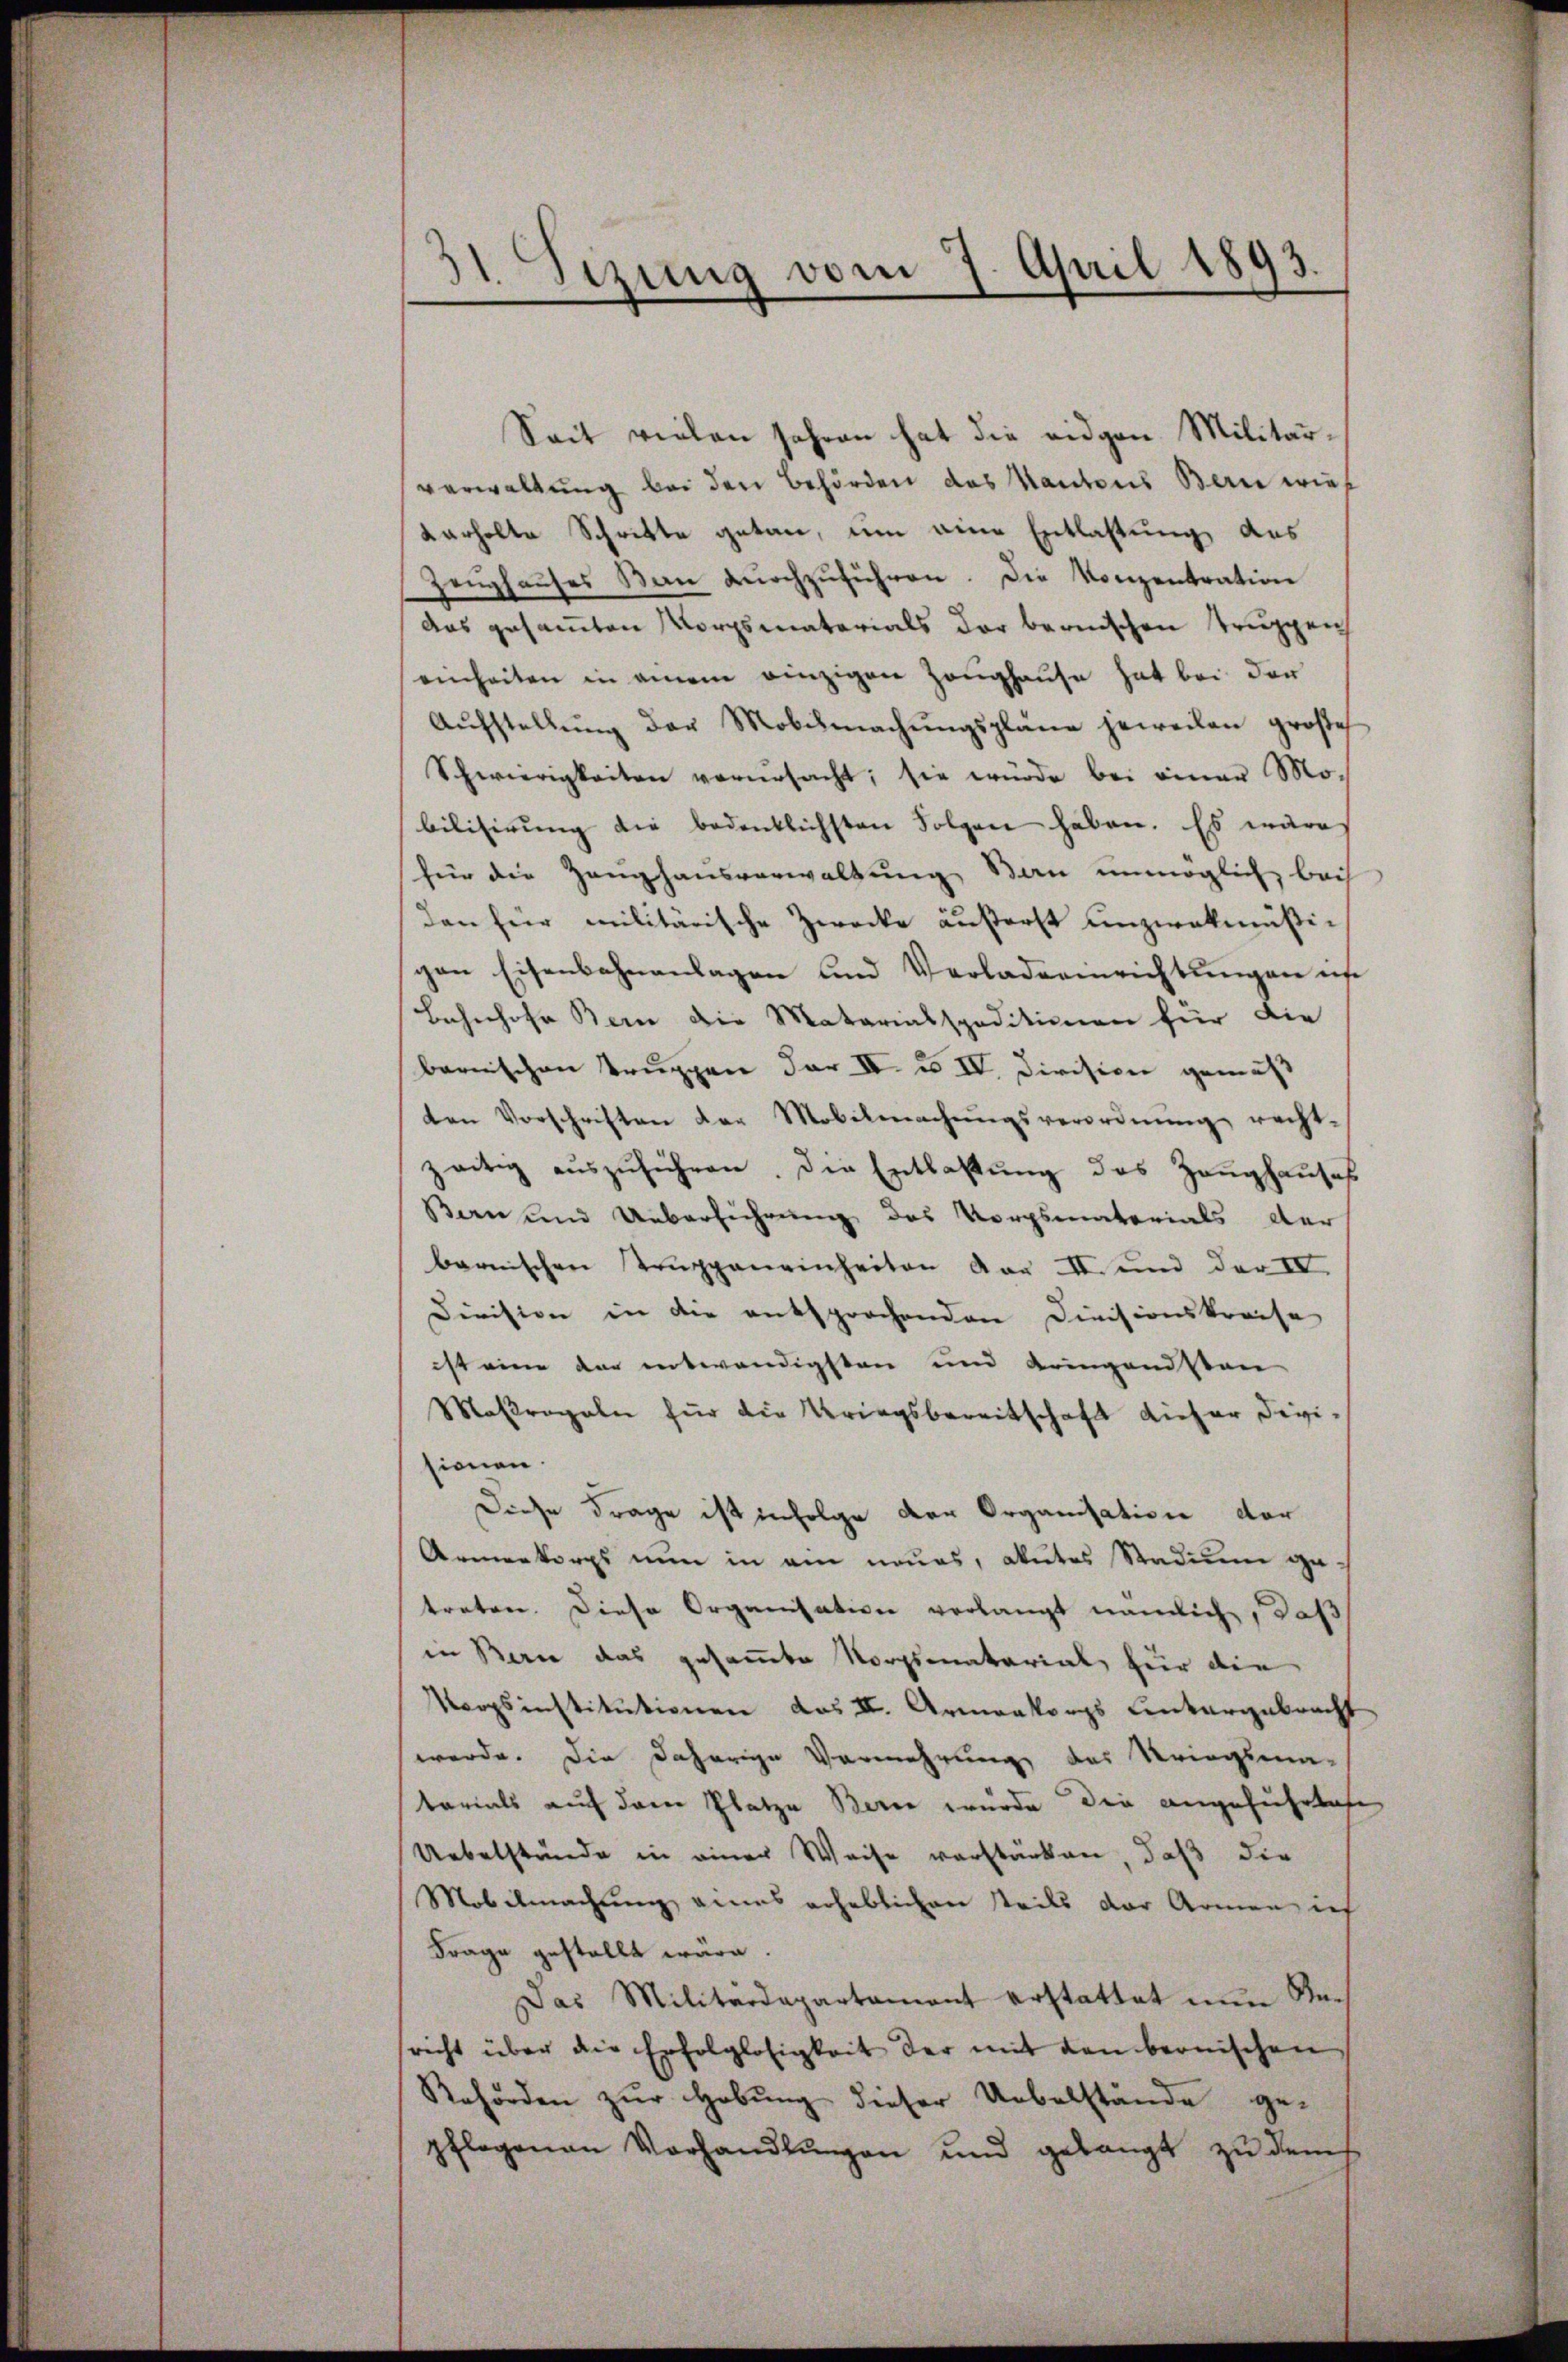
31 Sizung vom 9. April 1893.
.

Seit vielen Jahren hat die eidgen Militärverwaltung bei den Behörden des Kantons Bern wie¬
Karholte Schritte getan, um eine Entlastung des
Zeughauses San durchzuführen. Die Konzentration
das gesamten Morgsmaterials der bernischen Truppen
einheiten in einem einzigen Zeughause hat bei der
Aŭfstellŭng der Mobŭmachŭngspläne jeweilen große
Schwierigkeiten verŭrsacht; sie würde bei einer Mobilisirung die bedeutlichsten Folgen haben. Es wäre
für die Zeughausverwaltung an unmöglich, bei
den für militärische Zwecke äußerst unzwekmäßipon Eisenbahnanlagen und Verladeeinrichtungen ich
Bahnhofe Bern die Matarialspeditionen für die
barnischen Truppen dar II. u IV. Division gemäß
ten Vorschriften der Mobilmachŭngsverordnŭng recht-
zeitig aŭszŭführen. Die Entlastŭng des Zeŭghaŭses
Bern und Ueberführung des Vorgsmaterials der
barnischen Truppeneinheiten Aar II. und der IV.
Division in die entsprochenden Divisionskreise
ist eine der entwendigsten und Kringendstan
Maßregeln für die Kriegsbereitschaft dieser Divi-
sionen.
Diese Frage ist infolge der Organisation der
Armenkorps nŭn in ein neues, akutes Stadium getreten. Diese Organisation verlangt nämlich, daß
in Berne das gesammte Norgsmatarial, für die
Norgsinstitutionen das II. Armenkorps untergebracht
werde. Die daherige Vermehrung des Kriegsma-
tarials auf dem Platze Berne wurde die angefuhrtage
Uebelstände in einer Weise verstärken, daß die
Mobilmachung eines erheblichen Teils der Armen ich
Frage gestellt wäre.
Das Militärdepartament erstattet nŭn Nach
richt über die Erfolglosigkeit der mit den bernischen
Rehörden zŭr Hebŭng dieser Uebelstände ge-
pflegenen Vorhandlŭngen und gelangt zŭ dem